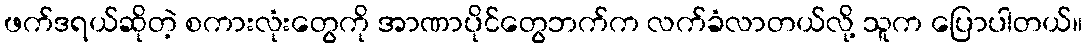
ဖက်ဒရယ်ဆိုတဲ့ စကားလုံးတွေကို အာဏာပိုင်တွေဘက်က လက်ခံလာတယ်လို့ သူက ပြောပါတယ်။